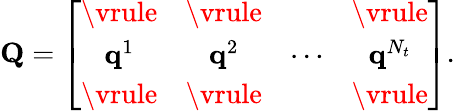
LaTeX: {\mathbf{Q}}=\left[\begin{array}{cccc}{\vrule}&{\vrule}&{}&{\vrule}\\ {{{\mathbf{q}}}^{1}}&{{{\mathbf{q}}}^{2}}&{\cdots}&{{\mathbf{q}}^{N_{t}}}\\ {\vrule}&{\vrule}&{}&{\vrule}\end{array}\right].